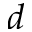
d